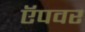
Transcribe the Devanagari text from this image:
ऍपवर